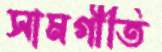
সামগীতি